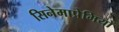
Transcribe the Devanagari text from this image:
सिनेमाप्रेमियों